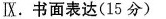
Ⅸ.书面表达(15分)